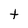
Character: t